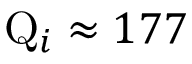
\mathrm { Q } _ { i } \approx 1 7 7